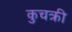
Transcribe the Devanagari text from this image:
कुचक्री